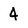
Character: 4